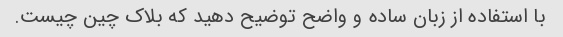
با استفاده از زبان ساده و واضح توضیح دهید که بلاک چین چیست.